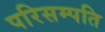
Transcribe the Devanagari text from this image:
परिसम्पति